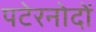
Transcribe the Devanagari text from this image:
पटेरनोदों